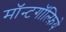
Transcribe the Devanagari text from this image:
मॉन्टगॉल्फ़िये